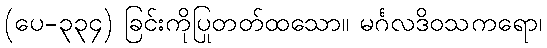
(ပေ-၃၃၄) ခြင်းကိုပြုတတ်ထသော။ မင်္ဂလဒိဝသကရော၊